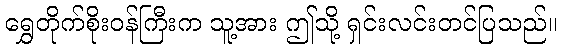
ရွှေတိုက်စိုးဝန်ကြီးက သူ့အား ဤသို့ ရှင်းလင်းတင်ပြသည်။